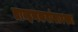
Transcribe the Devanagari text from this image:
ताम्हणकरांसारख्या